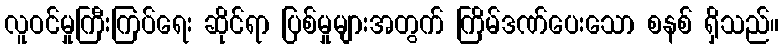
လူဝင်မှုကြီးကြပ်ရေး ဆိုင်ရာ ပြစ်မှုများအတွက် ကြိမ်ဒဏ်ပေးသော စနစ် ရှိသည်။